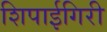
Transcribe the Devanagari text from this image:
शिपाईगिरी